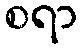
စရာ